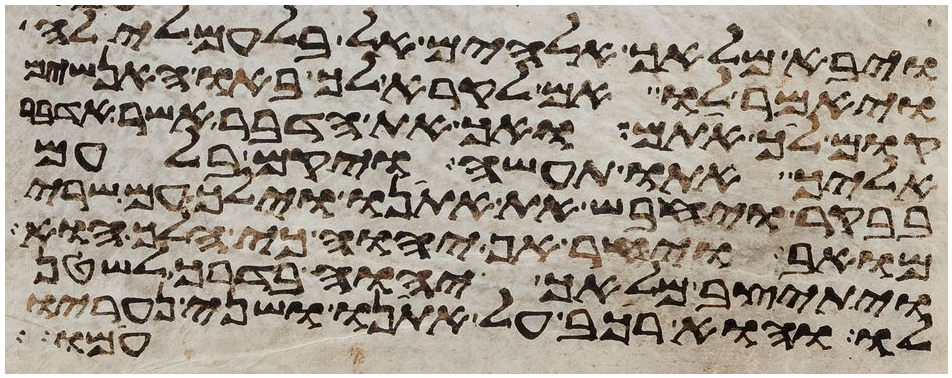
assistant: ויבא מלאך אלהים אל בלעם לילה
ויאמר לו אם לקרא לך באו האנשים
קום לך אתם ואך את הדבר אשר אדבר
אליך אתו תעשה ויקם בלעם
בבקר ויחבש את אתנו וילך עם שרי
מואב ויחר אף יהוה כי הלך הוא
ויתיצב מלאך יהוה בדרך לשטן
לו והוא רכב על אתנו ושני נעריו
עמו